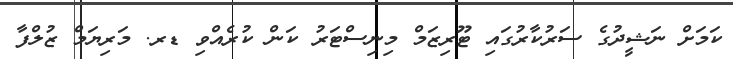
ކަމަށް ނަޝީދުގެ ސަރުކާރުގައި ޓޫރިޒަމް މިނިސްޓަރު ކަން ކުރެއްވި ޑރ. މަރިޔަމް ޒުލްފާ